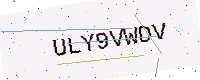
Text: ULY9VWDV